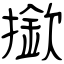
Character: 撳